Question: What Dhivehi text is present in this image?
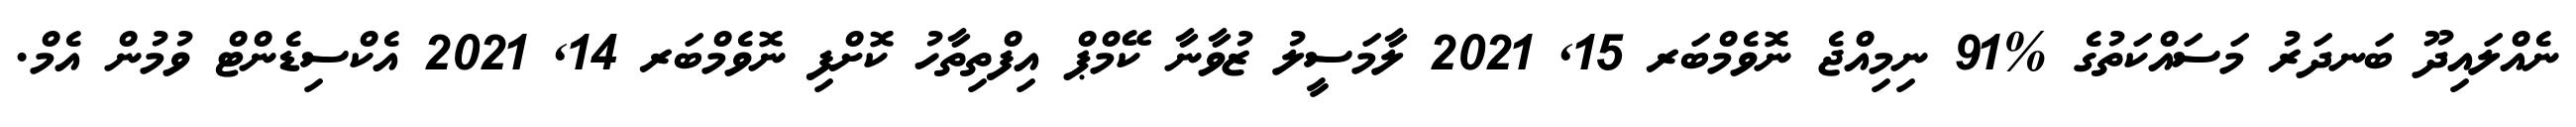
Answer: ނެއްލައިދޫ ބަނދަރު މަސައްކަތުގެ %91 ނިމިއްޖެ ނޮވެމްބަރ 15, 2021 ލާމަސީލު ޒުވާނާ ކޭމްޕް އިފްތިތާހު ކޮށްފި ނޮވެމްބަރ 14, 2021 އެކްސިޑެންޓް ވުމުން އެމް.